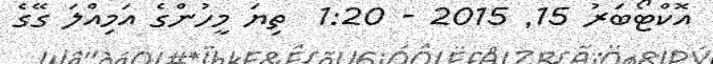
އޮކްޓޯބަރު 15